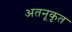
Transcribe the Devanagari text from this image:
अतनूकृत